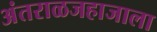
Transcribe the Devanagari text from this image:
अंतराळजहाजाला